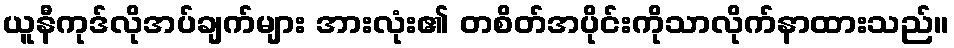
ယူနီကုဒ်လိုအပ်ချက်များ အားလုံး၏ တစိတ်အပိုင်းကိုသာလိုက်နာထားသည်။